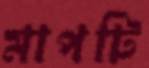
মাপটি